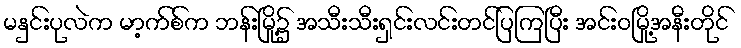
မနှင်းပုလဲက မာ့က်စ်က ဘန်းမြို့၌ အသီးသီးရှင်းလင်းတင်ပြကြပြီး အင်းဝမြို့အနီးတိုင်